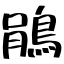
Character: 鵑